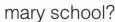
mary school?